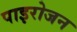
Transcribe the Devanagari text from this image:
पाइरोजन